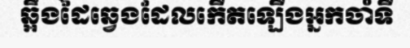
ឆ្អឹងដៃឆ្វេងដែលកើតឡើងអ្នកចាំទី